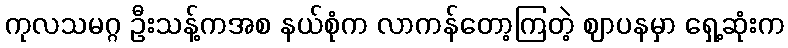
ကုလသမဂ္ဂ ဦးသန့်ကအစ နယ်စုံက လာကန်တော့ကြတဲ့ ဈာပနမှာ ရှေ့ဆုံးက